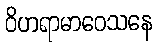
ဝိဟရာမာဝေသနေ